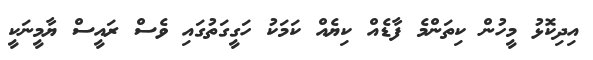
އިދިކޮޅު މީހުން ކިތަންމެ ފާޑެއް ކިޔެއް ކަމަކު ހަގީގަތުގައި ވެސް ރައީސް ޔާމީނަކީ